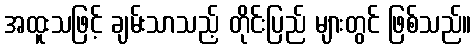
အထူးသဖြင့် ချမ်းသာသည့် တိုင်းပြည် များတွင် ဖြစ်သည်။